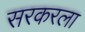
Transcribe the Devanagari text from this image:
सरकरला